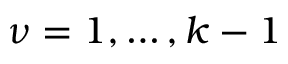
\nu = 1 , \ldots , k - 1